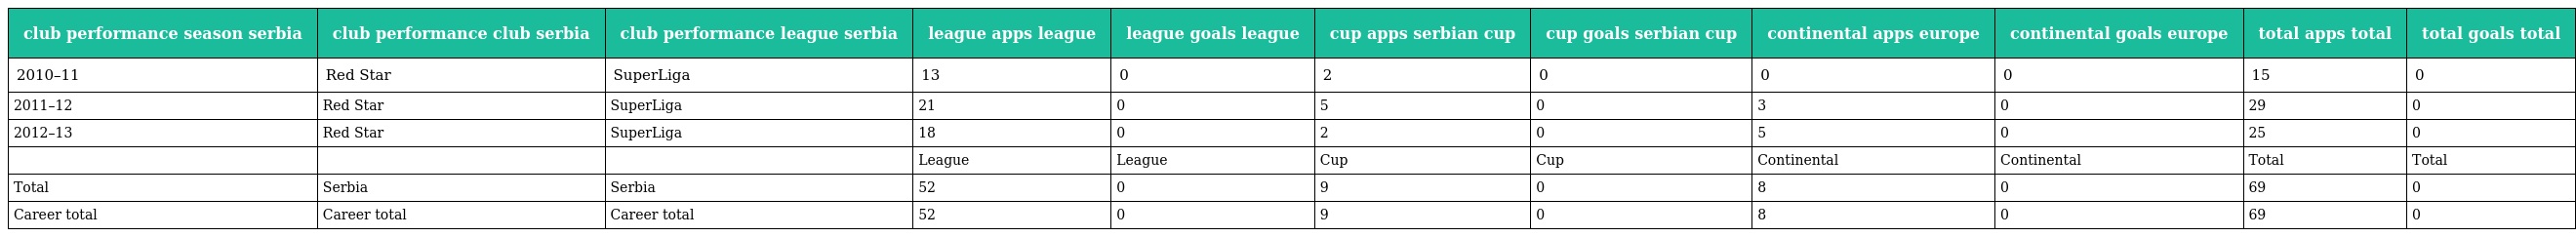
| club performance season serbia | club performance club serbia | club performance league serbia | league apps league | league goals league | cup apps serbian cup | cup goals serbian cup | continental apps europe | continental goals europe | total apps total | total goals total |
 | --- | --- | --- | --- | --- | --- | --- | --- | --- | --- | --- |
 | 2010–11 | Red Star | SuperLiga | 13 | 0 | 2 | 0 | 0 | 0 | 15 | 0 |
 | 2011–12 | Red Star | SuperLiga | 21 | 0 | 5 | 0 | 3 | 0 | 29 | 0 |
 | 2012–13 | Red Star | SuperLiga | 18 | 0 | 2 | 0 | 5 | 0 | 25 | 0 |
 |  |  |  | League | League | Cup | Cup | Continental | Continental | Total | Total |
 | Total | Serbia | Serbia | 52 | 0 | 9 | 0 | 8 | 0 | 69 | 0 |
 | Career total | Career total | Career total | 52 | 0 | 9 | 0 | 8 | 0 | 69 | 0 |